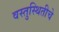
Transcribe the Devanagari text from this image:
वस्तुस्थितीचे